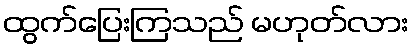
ထွက်ပြေးကြသည် မဟုတ်လား